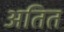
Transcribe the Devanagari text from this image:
अतित